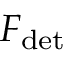
F _ { \mathrm { d e t } }